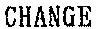
CHANGE